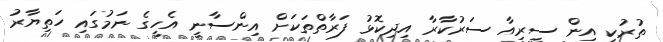
ތުރުކީ އިން ސީރިއާ ސަރުކާރާ އިދިކޮޅު ފަރާތްތަކަށް އިންސާނީ އެހީގެ ނަމުގައި ހަތިޔާރު